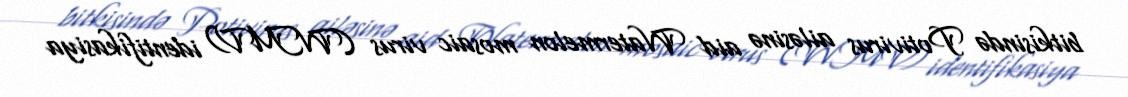
bitkisində Potivirus ailəsinə aid Watermelon mosaic virus (WMV) identifikasiya